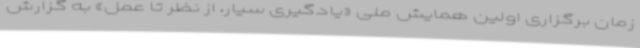
زمان برگزاری اولین همایش ملی «یادگیری سیار، از نظر تا عمل» به گزارش